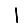
Digit: 1